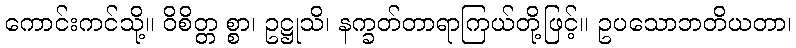
ကောင်းကင်သို့။ ဝိစိတ္တ စ္စာ၊ ဥဋ္ဌုသိ၊ နက္ခတ်တာရာကြယ်တို့ဖြင့်။ ဥပသောဘတိယတာ၊